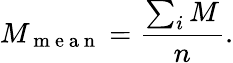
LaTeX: M_{\mathrm{~m~e~a~n~}}=\frac{\sum_{i}M}{n}.